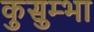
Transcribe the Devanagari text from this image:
कुसुम्भा